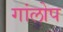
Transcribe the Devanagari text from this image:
गांलोप